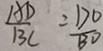
\frac { A D } { B C } = \frac { D O } { B D }